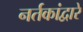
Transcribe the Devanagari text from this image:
नर्तकांद्वारे